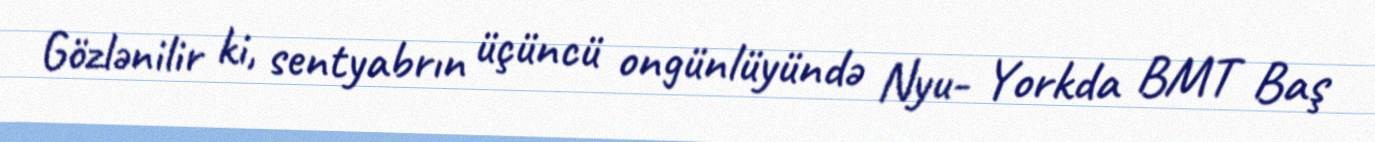
Gözlənilir ki, sentyabrın üçüncü ongünlüyündə Nyu- Yorkda BMT Baş